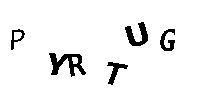
PYRTUG